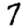
Digit: 7